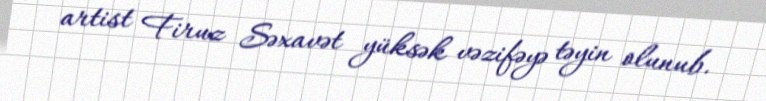
artist Firuz Səxavət yüksək vəzifəyə təyin olunub.